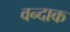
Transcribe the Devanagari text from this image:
वन्दाक